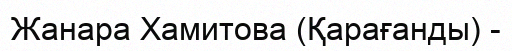
Жанара Хамитова (Қарағанды) -